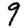
Digit: 9